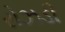
રોઝડી